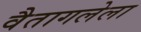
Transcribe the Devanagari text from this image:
वैतागलेला